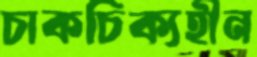
চাকচিক্যহীন